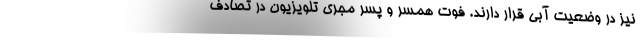
نیز در وضعیت آبی قرار دارند. فوت همسر و پسر مجری تلویزیون در تصادف